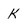
Character: k